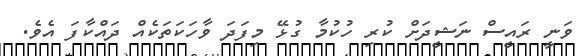
ވަނީ ރައީސް ނަޝީދަށް ކުރި ހުކުމާ ގުޅޭ މިފަދަ ވާހަކަތަކެއް ދައްކާފަ އެވެ.